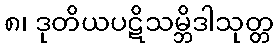
၈၊ ဒုတိယပဋိသမ္ဘိဒါသုတ္တ